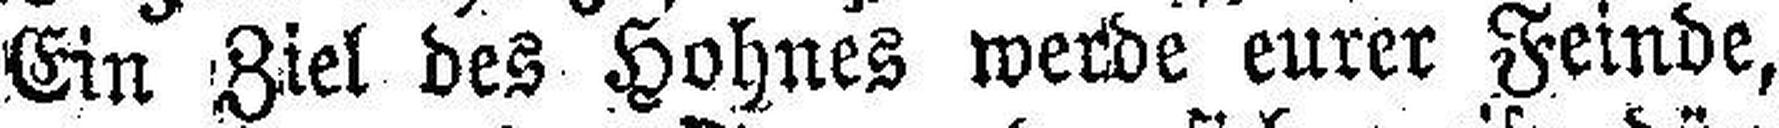
Ein Ziel des Hohnes werde eurer Feinde,